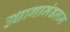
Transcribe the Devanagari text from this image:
उधागामंडलम